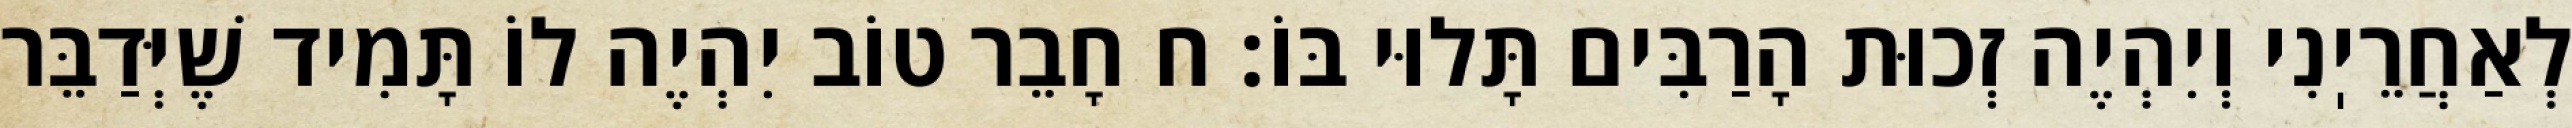
לְאַחֲרֵיֽנִי וְיִהְיֶה זְכוּת הָרַבִּים תָּלוּי בּוֹ: ח חָבֵר טוֹב יִהְיֶה לוֹ תָּמִיד שֶׁיְּדַבֵּר